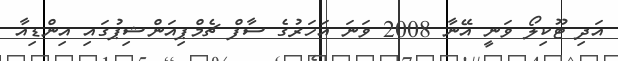
އަދި ޓޫކިލޯ ވަނީ އޭނާ 2008 ވަނަ އަހަރުގެ ސާފް ޗެމްޕިއަންޝިޕުގައި އިންޑިއާ